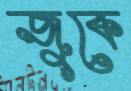
জুকে